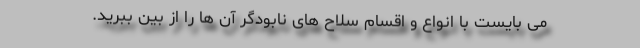
می بایست با انواع و اقسام سلاح های نابودگر آن ها را از بین ببرید.